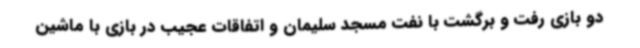
دو بازی رفت و برگشت با نفت مسجد سلیمان و اتفاقات عجیب در بازی با ماشین